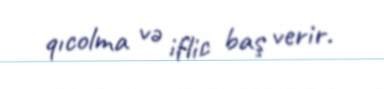
qıcolma və iflic baş verir.